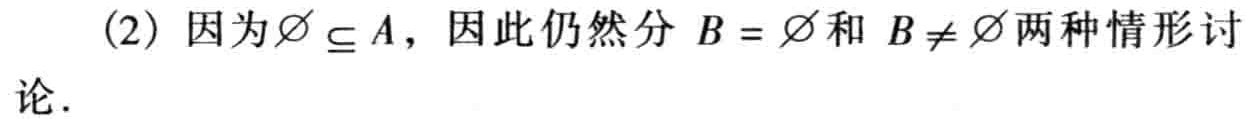
(2) 因为$\varnothing\subseteq A$，因此仍然分$B = \varnothing$和$B\neq\varnothing$两种情形讨论.